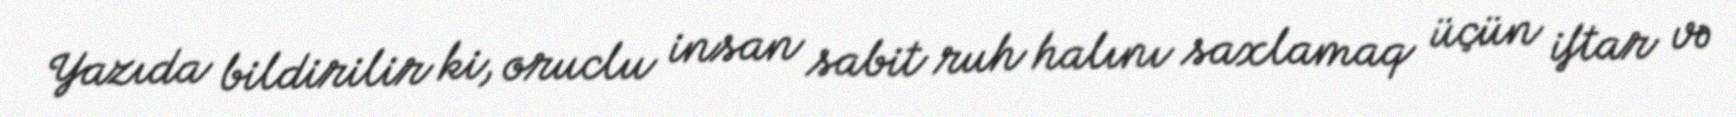
Yazıda bildirilir ki, oruclu insan sabit ruh halını saxlamaq üçün iftar və